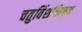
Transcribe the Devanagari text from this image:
चतुविंशतिस्तव